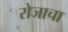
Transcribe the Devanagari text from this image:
रोजाचा